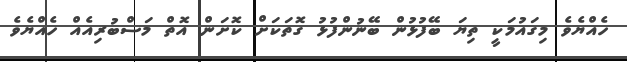
ހެއްޔެވެ މިގައުމަކީ ތިޔަ ބޭފުޅުން ބޭނުންފުޅު ގޮތަކަށް ކޮށަން އޮތް މަސްބުރިއެއް ހެއްޔެވެ